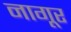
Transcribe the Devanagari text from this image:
नागूर